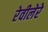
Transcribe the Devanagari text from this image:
रेवीलेरे